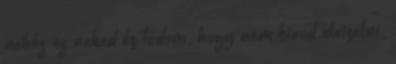
nehéz ez neked és tudom, hogy nem birod elviselni,